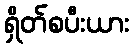
ရှိတ်စပီးယား